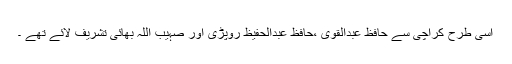
اسی طرح کراچی سے حافظ عبدالقوی ،حافظ عبدالحفیظ روپڑی اور صہیب اللہ بھائی تشریف لائے تھے ۔